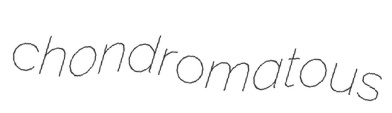
chondromatous